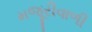
મજૂરીવાળી